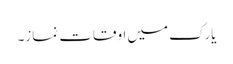
یارک میں اوقات نماز۔